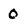
Character: 0